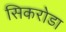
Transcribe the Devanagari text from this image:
सिकरोडा